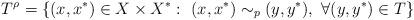
LaTeX: \begin{align*}T^{\rho}=\{(x,x^*)\in X\times X^*:~(x,x^*)\sim_p(y,y^*),~\forall (y,y^*)\in T\} \end{align*}